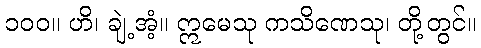
၁၀၀။ ဟိ၊ ချဲ့အံ့။ ဣမေသု ကသိဏေသု၊ တို့တွင်။